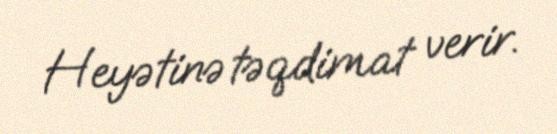
Heyətinə təqdimat verir.